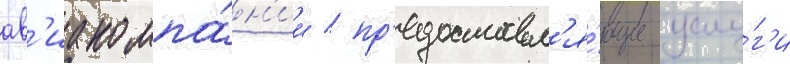
ав'иакомпа́н'ии / пр'едоставл'я́ющие услу́г'и